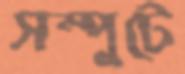
সম্পুটে